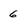
Character: 6